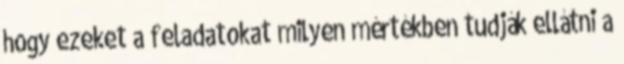
hogy ezeket a feladatokat milyen mértékben tudják ellátni a